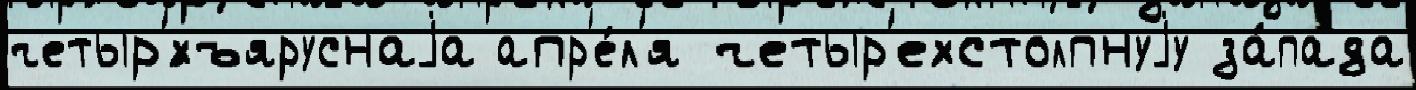
четыр'́хъяруснаjа апр'е́л'я четыр'ехстолпнуjу за́пада